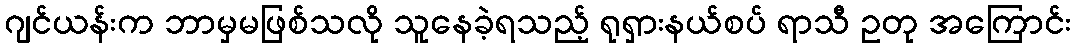
ဂျင်ယန်းက ဘာမှမဖြစ်သလို သူနေခဲ့ရသည့် ရုရှားနယ်စပ် ရာသီ ဥတု အကြောင်း